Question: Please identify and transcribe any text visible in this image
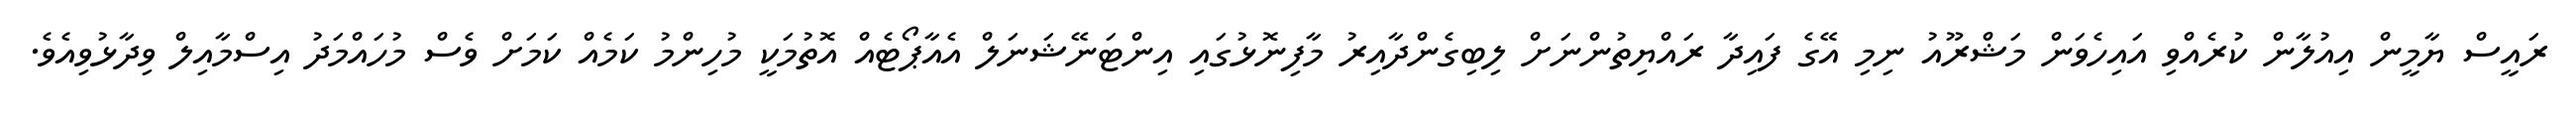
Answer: ރައީސް ޔާމީން އިއުލާން ކުރެއްވި އައިހެވަން މަޝްރޫއު ނިމި އޭގެ ފައިދާ ރައްޔިތުންނަށް ލިބިގެންދާއިރު މާފިނޮޅުގައި އިންޓަނޭޝަނަލް އެއާޕޯޓެއް އޮތުމަކީ މުހިންމު ކަމެއް ކަމަށް ވެސް މުހައްމަދު އިސްމާއިލް ވިދާޅުވިއެވެ.